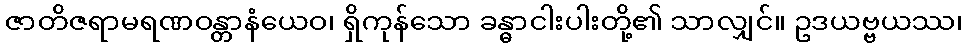
ဇာတိဇရာမရဏဝန္တာနံယေဝ၊ ရှိကုန်သော ခန္ဓာငါးပါးတို့၏ သာလျှင်။ ဥဒယဗ္ဗယဿ၊